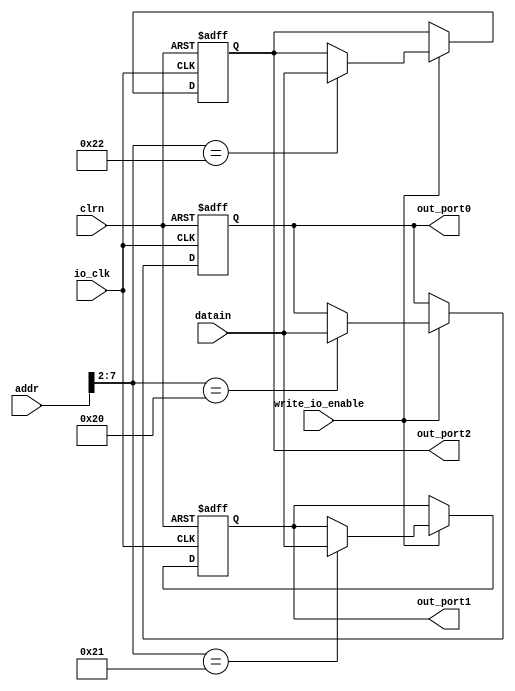
module io_output_reg (addr,datain,write_io_enable,io_clk,clrn,out_port0,out_port1,out_port2);
input [31:0] addr,datain;
input write_io_enable,io_clk;
input clrn;
//reset signal. if necessary,can use this signal to reset the output to 0.
output [31:0] out_port0,out_port1,out_port2;
reg [31:0] out_port0; // output port0
reg [31:0] out_port1; // output port1
reg [31:0] out_port2; // output port2
always @(posedge io_clk or negedge clrn)
begin
	if (clrn == 0)
		begin // reset
		out_port0 <=0;
		out_port1 <=0;
		out_port2 <=0; // reset all the output port to 0.
		end
	else
		begin
		if (write_io_enable == 1)
		case (addr[7:2])
		6'b100000: out_port0 <= datain; // 80h
		6'b100001: out_port1 <= datain; // 84h
		6'b100010: out_port2 <= datain; // 88h
		// more ports
		endcase
		end
end
endmodule